画像に写った文字を読んでください
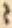
「〻」と書いてあります